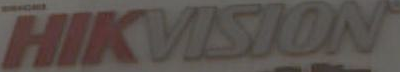
HIKVISION